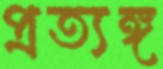
প্রত্যঙ্গ